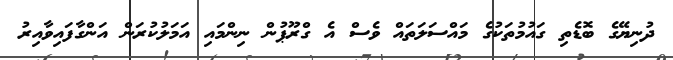
ދުނިޔޭގެ ބޮޑެތި ގައުމުތަކުގެ މައްސަލަތައް ވެސް އެ ގްރޫޕުން ނިންމައި އަމަލުކުރަން އަންގާފައިވާއިރު